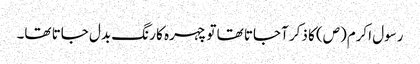
رسول اکرم(ص) کا ذکر آجاتا تھا تو چہرہ کا رنگ بدل جاتا تھا۔